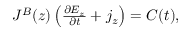
\begin{array} { r } { J ^ { B } ( z ) \left( \frac { \partial E _ { z } } { \partial t } + j _ { z } \right) = C ( t ) , } \end{array}